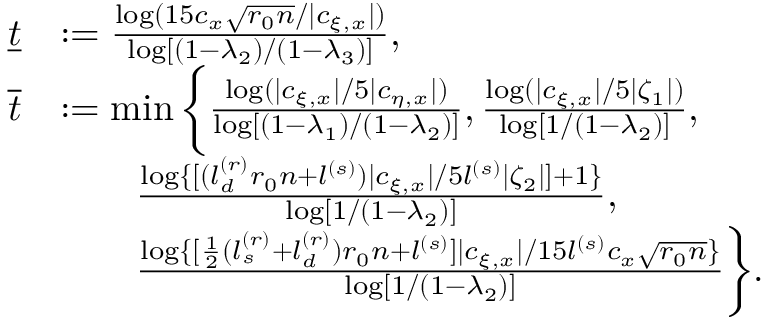
\begin{array} { r l } { \underline { { t } } } & { : = \frac { \log ( 1 5 c _ { x } \sqrt { r _ { 0 } n } / | c _ { \xi , x } | ) } { \log [ ( 1 - \lambda _ { 2 } ) / ( 1 - \lambda _ { 3 } ) ] } , } \\ { \overline { { t } } } & { : = \operatorname* { m i n } \bigg \{ \frac { \log ( | c _ { \xi , x } | / 5 | c _ { \eta , x } | ) } { \log [ ( 1 - \lambda _ { 1 } ) / ( 1 - \lambda _ { 2 } ) ] } , \frac { \log ( | c _ { \xi , x } | / 5 | \zeta _ { 1 } | ) } { \log [ 1 / ( 1 - \lambda _ { 2 } ) ] } , } \\ & { \qquad \frac { \log \{ [ ( l _ { d } ^ { ( r ) } r _ { 0 } n + l ^ { ( s ) } ) | c _ { \xi , x } | / 5 l ^ { ( s ) } | \zeta _ { 2 } | ] + 1 \} } { \log [ 1 / ( 1 - \lambda _ { 2 } ) ] } , } \\ & { \qquad \frac { \log \{ [ \frac 1 2 ( l _ { s } ^ { ( r ) } + l _ { d } ^ { ( r ) } ) r _ { 0 } n + l ^ { ( s ) } ] | c _ { \xi , x } | / 1 5 l ^ { ( s ) } c _ { x } \sqrt { r _ { 0 } n } \} } { \log [ 1 / ( 1 - \lambda _ { 2 } ) ] } \bigg \} . } \end{array}